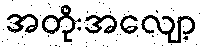
အတိုးအလျော့